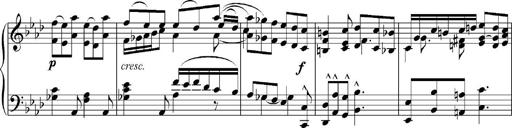
Title: Sonatina No.5
Composer: Otto Stoll
Key: F-sharp minor